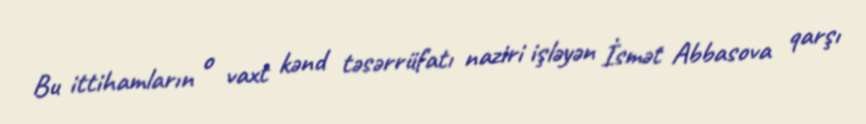
Bu ittihamların o vaxt kənd təsərrüfatı naziri işləyən İsmət Abbasova qarşı